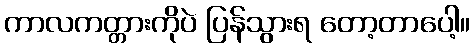
ကာလကတ္တားကိုပဲ ပြန်သွားရ တော့တာပေါ့။